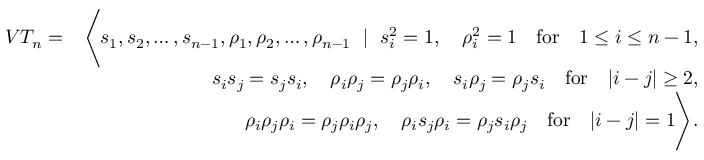
\begin{array} { r l r } & { V T _ { n } = } & { \Bigg \langle s _ { 1 } , s _ { 2 } , \ldots , s _ { n - 1 } , \rho _ { 1 } , \rho _ { 2 } , \ldots , \rho _ { n - 1 } ~ \mid ~ s _ { i } ^ { 2 } = 1 , \quad \rho _ { i } ^ { 2 } = 1 \quad \mathrm { f o r } \quad 1 \leq i \leq n - 1 , } \\ & { } & { s _ { i } s _ { j } = s _ { j } s _ { i } , \quad \rho _ { i } \rho _ { j } = \rho _ { j } \rho _ { i } , \quad s _ { i } \rho _ { j } = \rho _ { j } s _ { i } \quad \mathrm { f o r } \quad | i - j | \ge 2 , } \\ & { } & { \rho _ { i } \rho _ { j } \rho _ { i } = \rho _ { j } \rho _ { i } \rho _ { j } , \quad \rho _ { i } s _ { j } \rho _ { i } = \rho _ { j } s _ { i } \rho _ { j } \quad \mathrm { f o r } \quad | i - j | = 1 \Bigg \rangle . } \end{array}